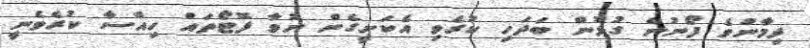
ދިމާނުވެ ފޯނުން ގުޅުން ބަދަހި ކުރެވި އެކަށީގެން ނުވާ ފޮޓޯތައް ހިއްސާ ކުރެވެނީ